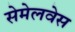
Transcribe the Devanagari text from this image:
सेमेलवेस